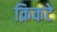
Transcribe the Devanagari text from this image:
क्रिकटे